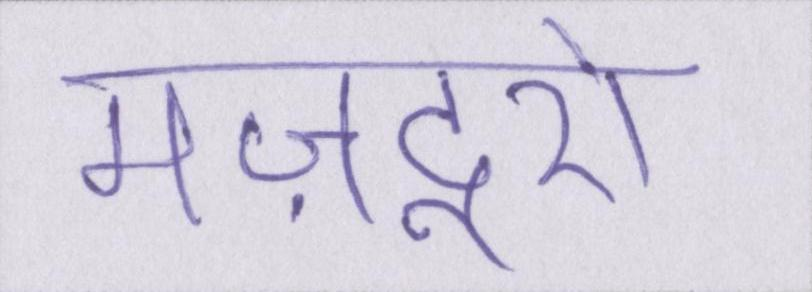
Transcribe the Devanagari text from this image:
मज़दूरों